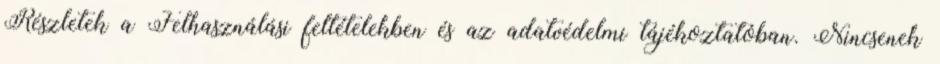
Részletek a Felhasználási feltételekben és az adatvédelmi tájékoztatóban. Nincsenek